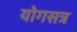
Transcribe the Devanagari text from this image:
योगसत्र